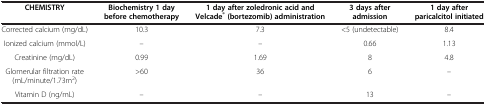
<table><thead><tr><td><b>CHEMISTRY</b></td><td><b>Biochemistry 1 day before chemotherapy</b></td><td><b>1 day after zoledronic acid and Velcade<sup>® </sup>(bortezomib) administration</b></td><td><b>3 days after admission</b></td><td><b>1 day after paricalcitol initiated</b></td></tr></thead><tbody><tr><td>Corrected calcium (mg/dL)</td><td>10.3</td><td>7.3</td><td>&lt;5 (undetectable)</td><td>8.4</td></tr><tr><td>Ionized calcium (mmol/L)</td><td>–</td><td>–</td><td>0.66</td><td>1.13</td></tr><tr><td>Creatinine (mg/dL)</td><td>0.99</td><td>1.69</td><td>8</td><td>4.8</td></tr><tr><td>Glomerular filtration rate (mL/minute/1.73m<sup>2</sup>)</td><td>&gt;60</td><td>36</td><td>6</td><td>–</td></tr><tr><td>Vitamin D (ng/mL)</td><td>–</td><td>–</td><td>13</td><td>–</td></tr></tbody></table>